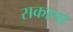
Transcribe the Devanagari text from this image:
सकाथा